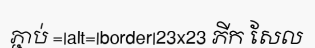
ភ្ជាប់ =|alt=|border|23x23 ភីក សែល